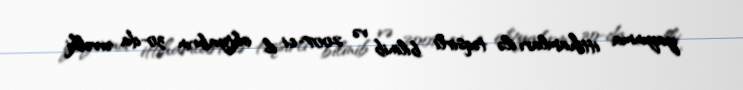
yayınma ittihamları ilə təqsirli bilinib və 2007-ci il oktyabrın 30-da əvvəlki